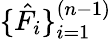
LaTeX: \{ \hat{F}_{i}\} _{i=1}^{(n-1)}